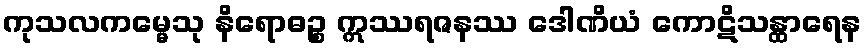
ကုသလကမ္မေသု နိရောဓဉ္စ ဣဿရဇနဿ ဒေါဏိယံ ကောဋိသန္ထာရေန